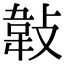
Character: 𢾁